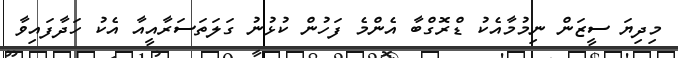
މިދިޔަ ސީޒަން ނިމުމާއެކު ޑްރޮގްބާ އެންމެ ފަހުން ކުޅުނު ގަލަތަސަރާއީއާ އެކު ހަދާފައިވާ